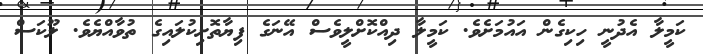
ކަމީލާ އެދުނީ ހިކިގެން އައުމަށެވެ. ކަމީލާ ދިއްކޮށްލީވެސް އޭނަގެ ފިޔާތޮށިކުލައިގެ ތުވާއްޔެވެ. ލޫކަސް